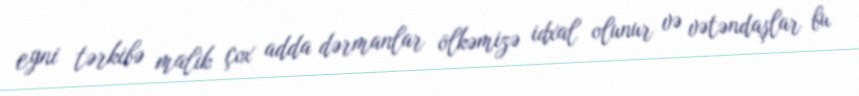
eyni tərkibə malik çox adda dərmanlar ölkəmizə idxal olunur və vətəndaşlar bu